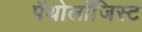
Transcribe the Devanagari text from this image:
पॅथोलॉजिस्ट